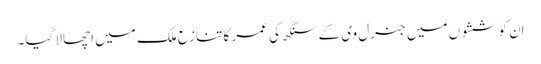
اِن کوششوں میں جنرل وی کے سنگھ کی عمر کا تنازع ملک میں اچھالا گیا۔